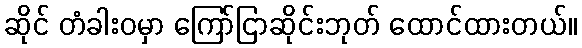
ဆိုင် တံခါးဝမှာ ကြော်ငြာဆိုင်းဘုတ် ထောင်ထားတယ်။